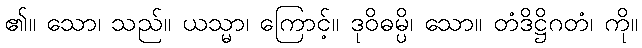
၏။ သော၊ သည်။ ယသ္မာ၊ ကြောင့်။ ဒုဝိဓမ္ပိ၊ သော။ တံဒိဋ္ဌိဂတံ၊ ကို။